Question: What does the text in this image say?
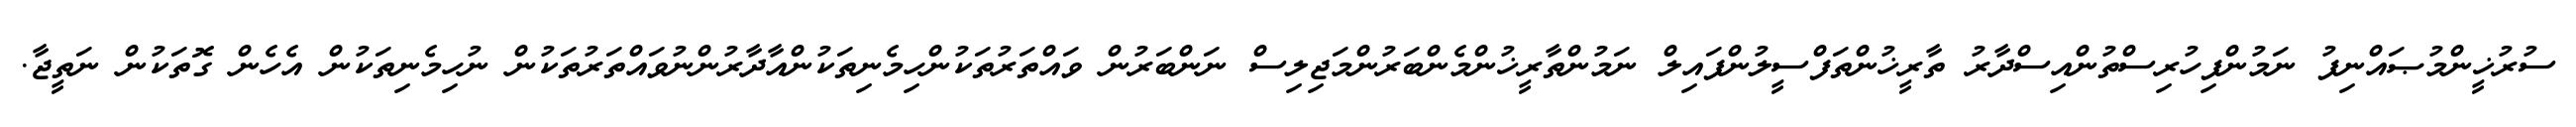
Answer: ސުރުޚީންމުޞައްނިފު ނަމުންފިހުރިސްތުންއިސްދާރު ތާރީޚުންތަފްސީލުންފައިލް ނަމުންތާރީޚުންމެންބަރުންމަޖިލިސް ނަންބަރުން ވައްތަރުތަކުންހިމެނިތަކުންއާދާރުންނުވައްތަރުތަކުން ނުހިމެނިތަކުން އެހެން ގޮތަކުން ނަތީޖާ.